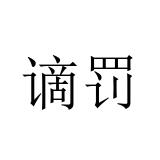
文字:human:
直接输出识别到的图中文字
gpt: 谪罚